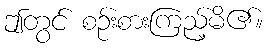
ဤတွင် စဉ်းစားကြည့်မိ၏။